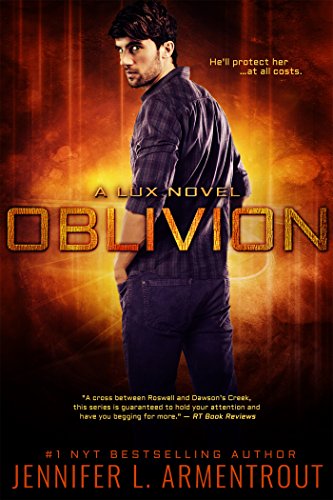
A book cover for Oblivion (A Lux Novel); Jennifer L. Armentrout; Teen & Young Adult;